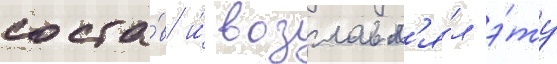
соста́в и́ возглавл'я́л э́ту